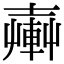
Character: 𨍔